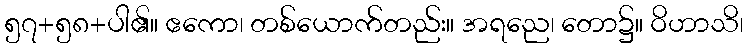
၅၇+၅၈+ပါ၏။ ဧကော၊ တစ်ယောက်တည်း။ အရညေ၊ တော၌။ ဝိဟာသိ၊